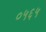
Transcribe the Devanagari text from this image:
०५६५